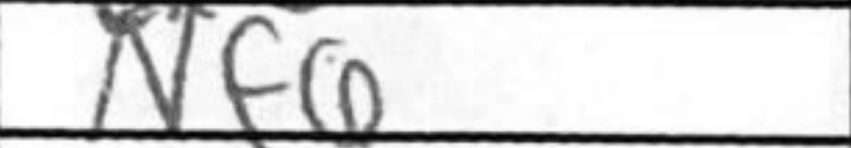
Transcription: Nf6